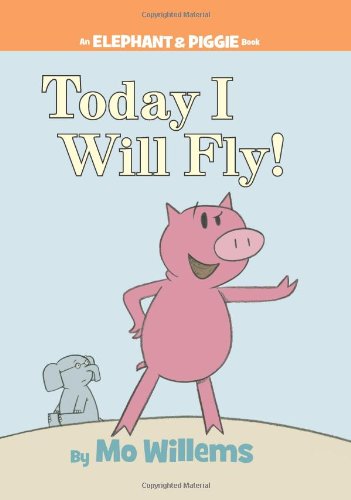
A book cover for Today I Will Fly! (An Elephant and Piggie Book); Mo Willems; Children's Books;